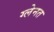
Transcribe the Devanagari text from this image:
ग्लेनत